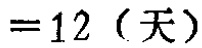
$=12 \text{（天）}$